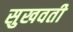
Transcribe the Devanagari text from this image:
सुखवती